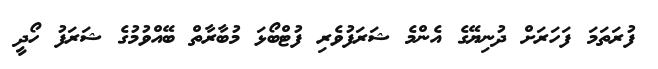
ފުރަތަމަ ފަހަރަށް ދުނިޔޭގެ އެންމެ ޝަރަފުވެރި ފުޓްބޯޅަ މުބާރާތް ބޭއްވުމުގެ ޝަރަފު ހޯދީ